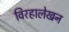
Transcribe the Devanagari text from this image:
विरहालेखन